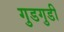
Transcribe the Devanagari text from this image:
गुडगुडी